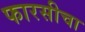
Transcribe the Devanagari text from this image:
फारसीचा